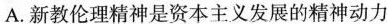
A. 新教伦理精神是资本主义发展的精神动力